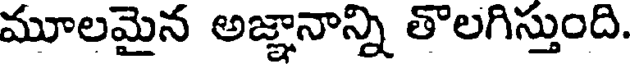
మూలమైన అజ్ఞానాన్ని తొలగిస్తుంది.